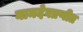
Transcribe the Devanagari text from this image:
नामदेवप्रणीत